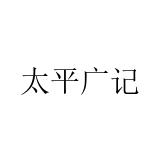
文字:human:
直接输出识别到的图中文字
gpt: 太平广记